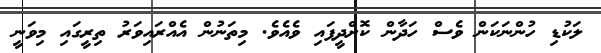
ލަކުޑި ހުންނަކަން ވެސް ހަދާން ކޮށްދީފައި ވެއެވެ. މިތަނުން އެއްރައިވަރު ތިރީގައި މިވަނީ